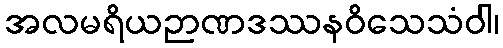
အလမရိယဉာဏဒဿနဝိသေသံဝါ၊